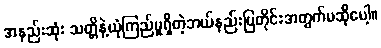
အနည်းဆုံး သတ္တိနဲ့ယုံကြည်မှုရှိတဲ့ဘယ်နည်းပြတိုင်းအတွက်မဆိုပေါ့။